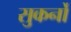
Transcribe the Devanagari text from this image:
सुकर्नो